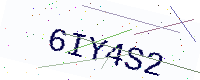
Text: 6IY4S2